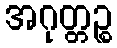
အဂုတ္တဉ္စ